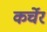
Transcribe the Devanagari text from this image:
कर्चेर